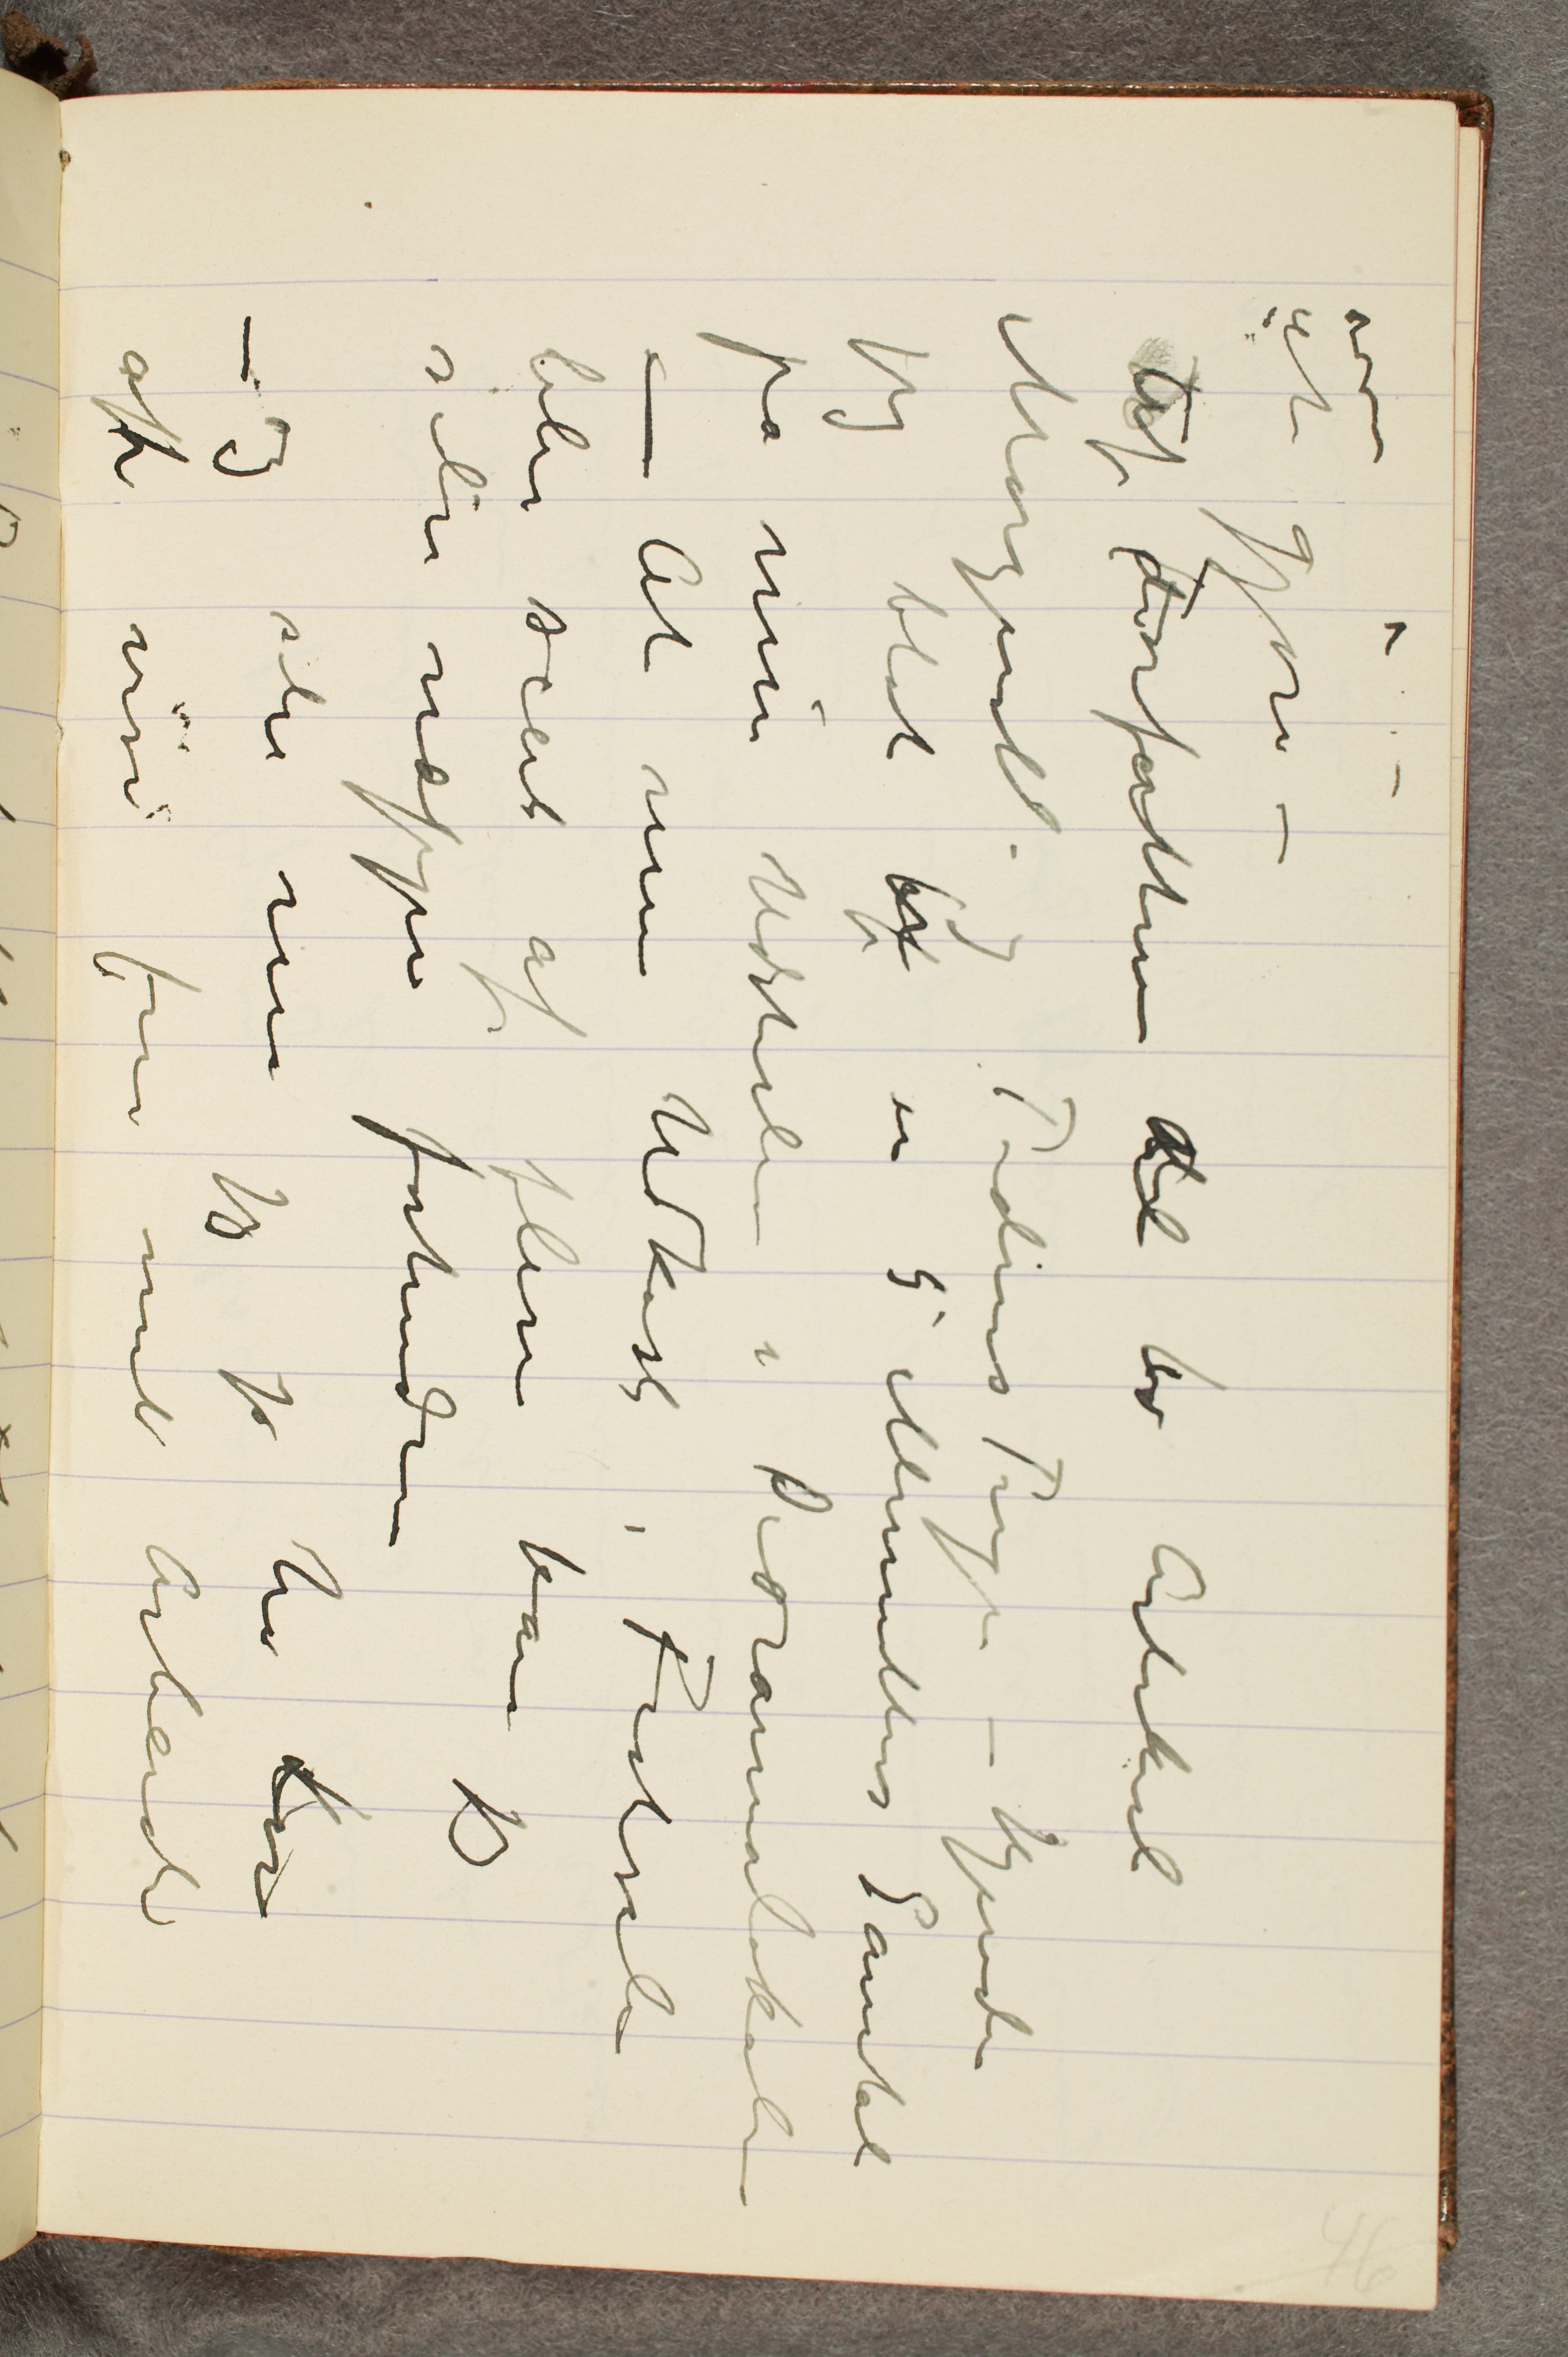
at gjøre –
Caf Forfatten dl bo Arlikeli
horgul og Tidens Trigen – kjende
Jeg blot b en 5 Menetlers Samkl
på min Udstalen i Dedramatikale
– At min Udkoss i Frotseli
bler scert af flere kan jeg
selv næppe forhindr

aft vis fr mit Arbeide